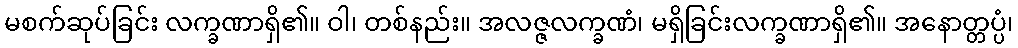
မစက်ဆုပ်ခြင်း လက္ခဏာရှိ၏။ ဝါ၊ တစ်နည်း။ အလဇ္ဇလက္ခဏံ၊ မရှိခြင်းလက္ခဏာရှိ၏။ အနောတ္တပ္ပံ၊